Annual report on the working of the mental hospitals in the Madras Presidency - 1912-1932
Year: 1912
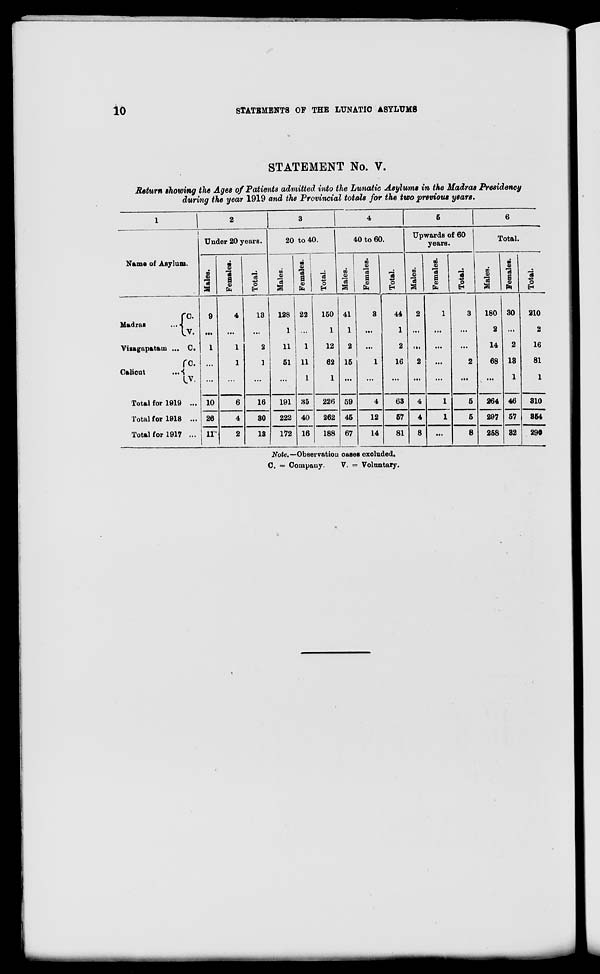
10
STATEMENTS OF THE LUNATIC ASYLUMS
STATEMENT No. V.
Return showing the Ages of Patients admitted into the Lunatic Asylums in the Madras Presidency
during the year 1919 and the Provincial totals for the two previous years.
1
Name of Asylum.
Madras
...
Vizagapatam ...
Calicut
...
C.
V.
C.
C.
V.
Total for 1919 ...
Total for 1918 ...
Total for 1917 ...
2
Under 20 years.
Males.
9
...
1
...
...
10
26
11
Females.
4
...
1
1
...
6
4
2
Total.
13
...
2
1
...
16
30
13
3
20 to 40.
Males.
128
1
11
51
...
191
222
172
Females.
22
...
1
11
1
35
40
16
Total.
150
1
12
62
1
226
262
188
4
40 to 60.
Males.
41
1
2
15
...
59
45
67
Females.
3
...
...
1
...
4
12
14
Total.
44
1
2
16
...
63
57
81
5
Upwards of 60
years.
Males.
2
...
...
2
...
4
4
8
Females.
1
...
...
...
...
1
1
...
Total.
3
...
...
2
...
5
5
8
6
Total.
Males.
180
2
14
68
...
264
297
258
Females.
30
...
2
13
1
46
57
32
Total.
210
2
16
81
1
310
354
290
Note.—Observation cases excluded.
C. = Company.
V. = Voluntary.